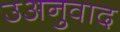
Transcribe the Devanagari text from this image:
उअनुवाद